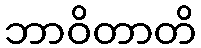
ဘာဝိတာတိ